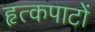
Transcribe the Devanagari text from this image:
हृत्कपाटों